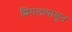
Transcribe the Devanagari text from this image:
शिमलापासून